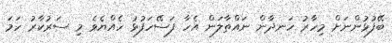
ބޭފުޅުންނަށް މިހާރު ހަނދާން ނައްތާލަން އެހާ ފަސޭހަފުޅު ހެއްޔެވެ މި ސަރުކާރު ހަމަ